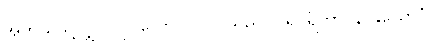
အဘယ်သို့လျှင်။ ပုဂ္ဂလော၊ ပုဂ္ဂိုလ်သည်။ ပရပရိတာပနာနုယောဂံ၊